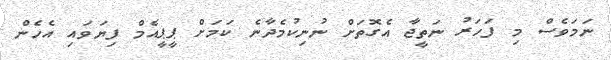
ނަމަވެސް މި ފަހަރު ނަތީޖާ އެގޮތަށް ނުނިކުމެދާނެ ކަމަށް ޕީޕީއެމް ފިޔަވައި އެހެން